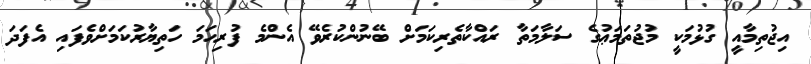
އިޖުތިމާއީ ގުޅުމަކީ މުޖުތަމަޢުގެ ސަލާމަތާ ރައްކާތެރިކަމަށް ބޭނުންކުރެވޭ އެންމެ ފުރިހަމަ ހަތިޔާރުކަމަށްވެފައި އެފަދަ